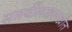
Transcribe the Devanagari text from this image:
समयींलखलखीत